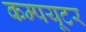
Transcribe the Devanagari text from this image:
कम्पयूटर